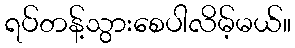
ရပ်တန့်သွားစေပါလိမ့်မယ်။